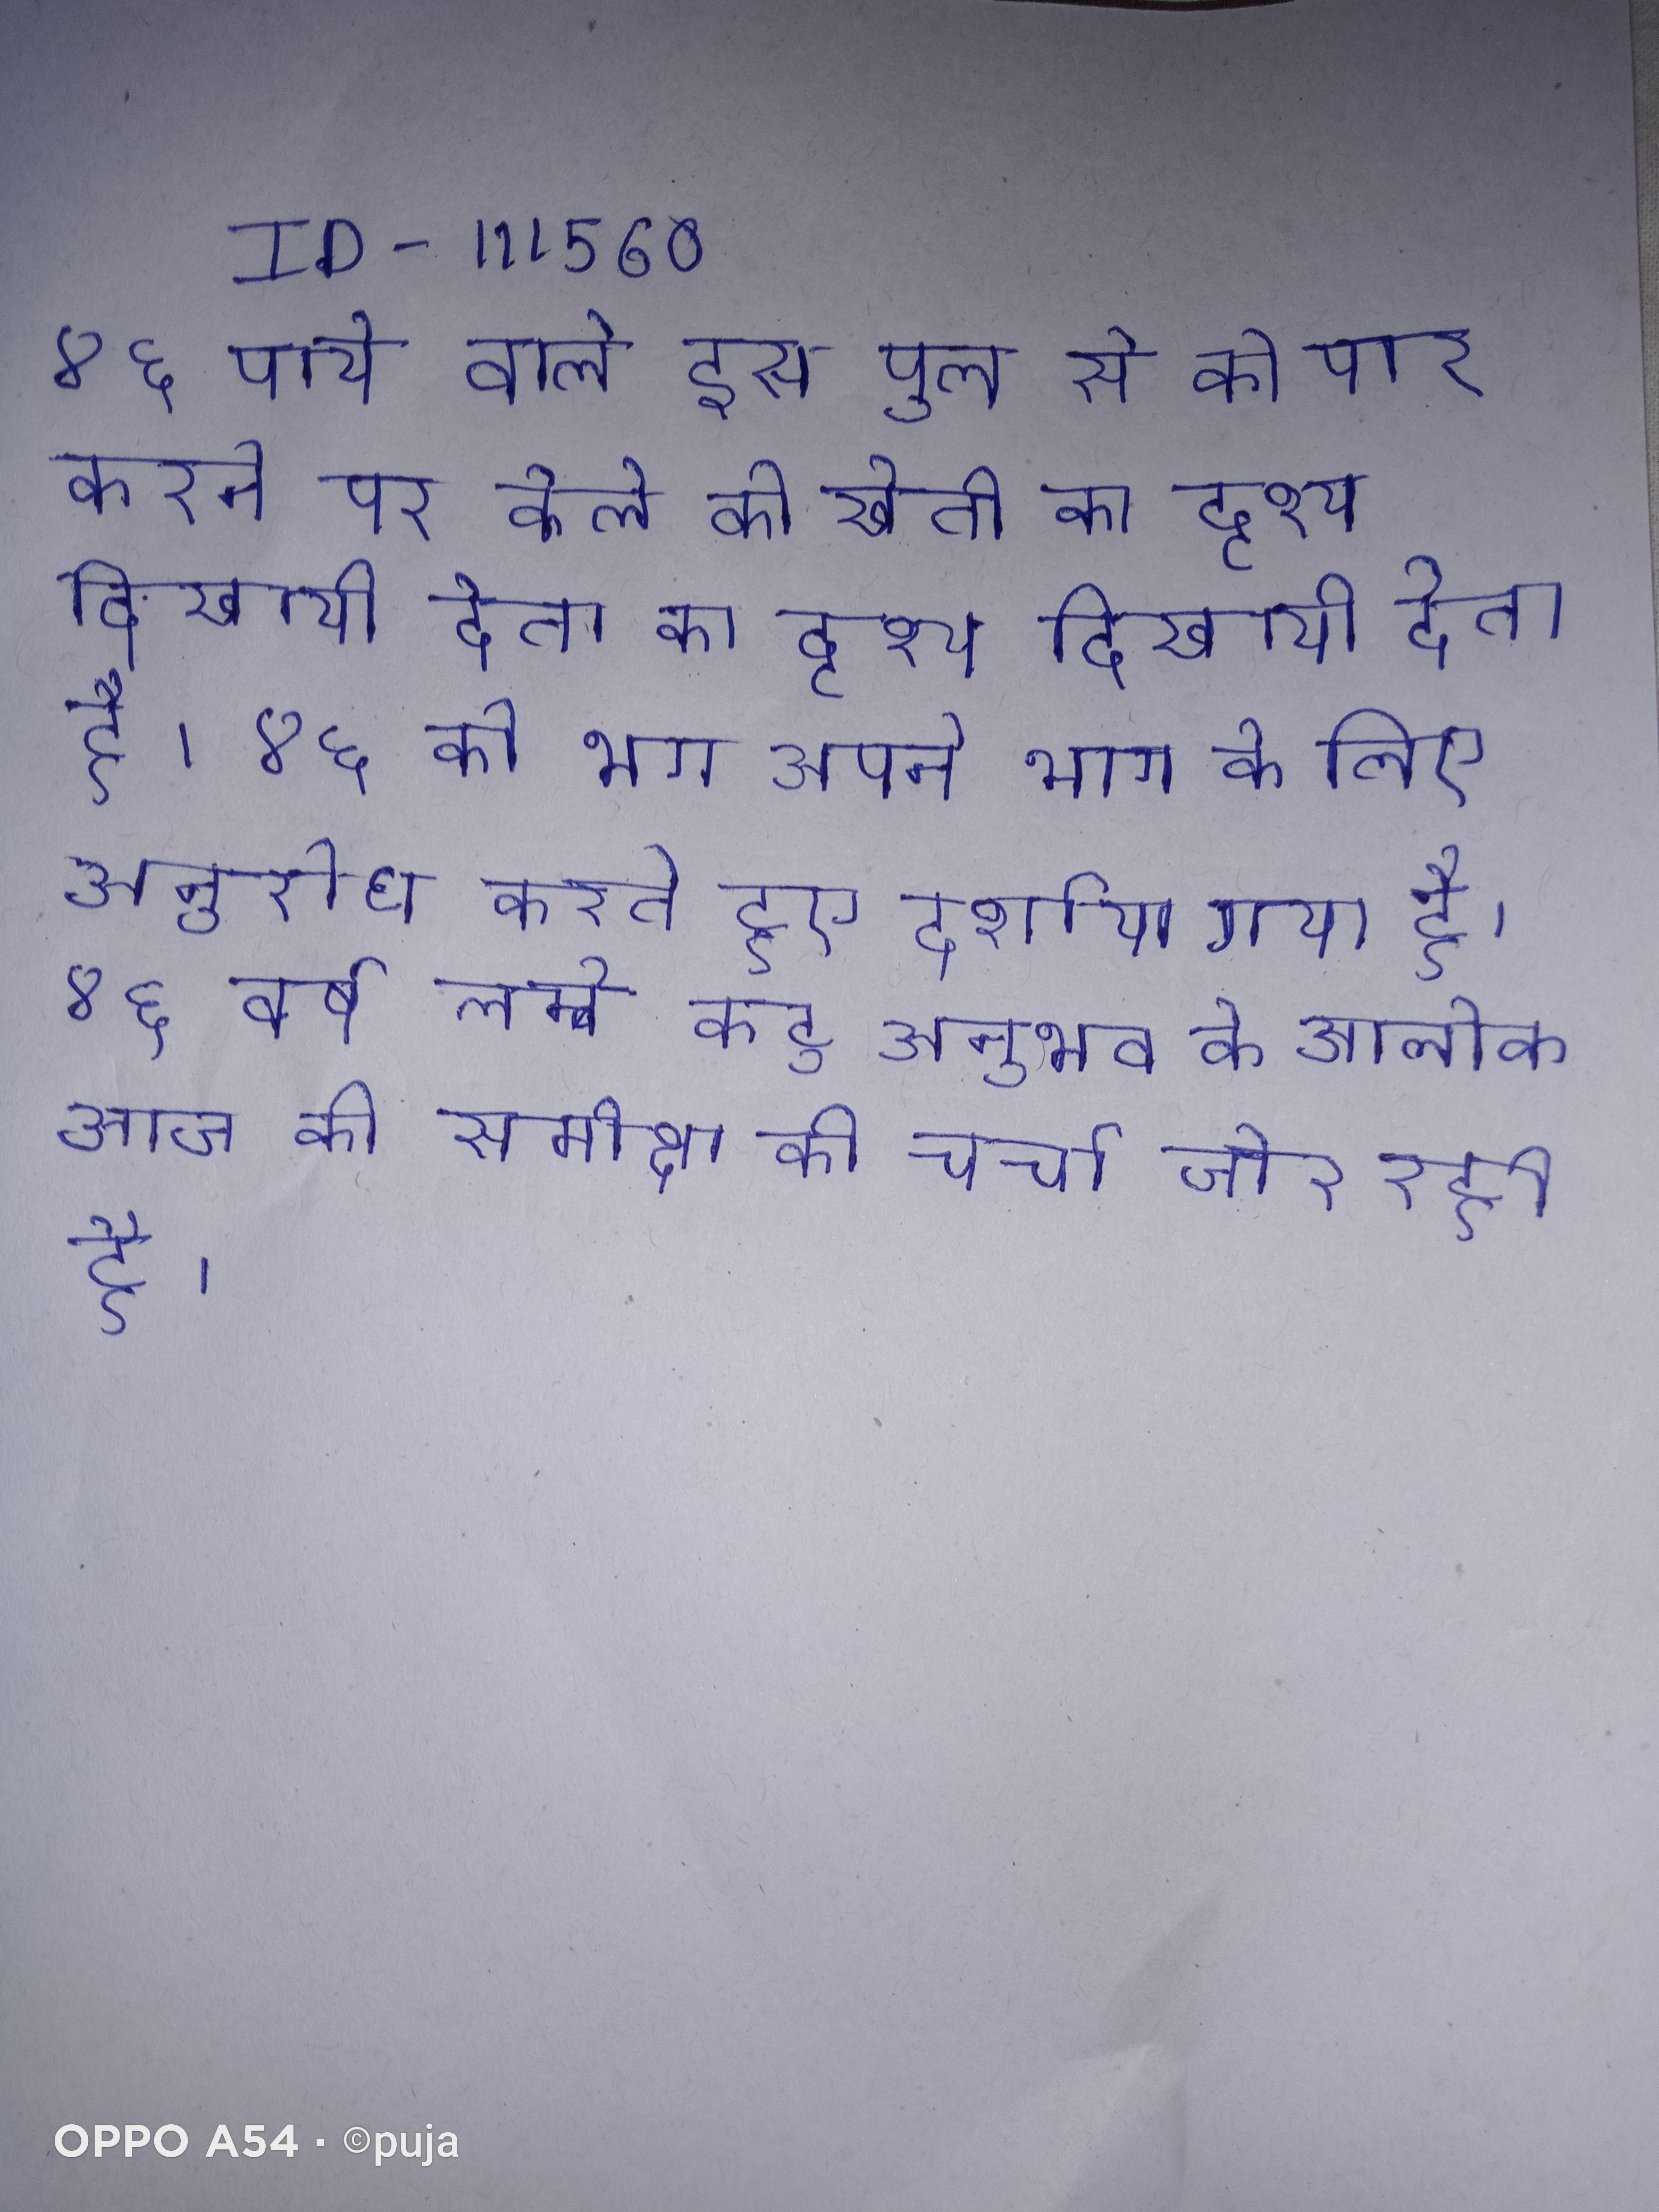
४६ पाये वाले इस पुल से को पार करने पर केले की खेती का दृश्य दिखायी देता है । ४६ को भग अपने भाग के लिए अनुरोध करते हुए दर्शाया गया है । ४६ वर्ष लम्बे कटु अनुभव के आलोक आज की समीक्षा की चर्चा जोर रही है ।